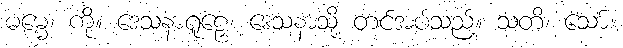
ဓမ္မေ၊ ကို။ ဒေသနာရူဠှေ၊ ဒေသနာသို့ တင်အပ်သည်။ သတိ၊ သော်။